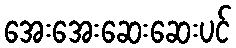
အေးအေးဆေးဆေးပင်